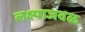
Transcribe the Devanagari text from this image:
लक्ष्याजवळ